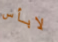
لابأس